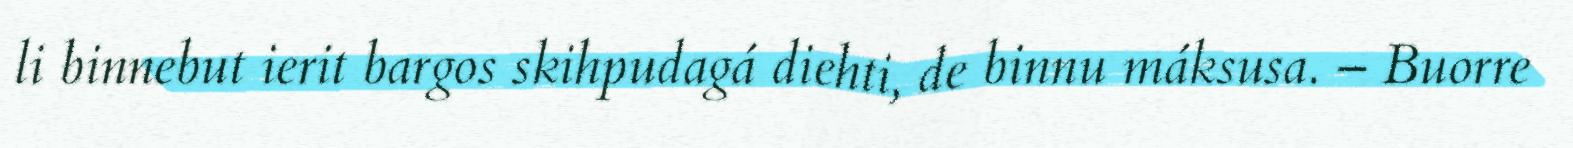
li binnebut ierit bargos skihpudagá diehti, de binnu máksusa. – Buorre